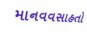
માનવવસાહતો